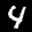
Label: 4